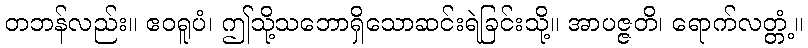
တဘန်လည်း။ ဧဝရူပံ၊ ဤသို့သဘောရှိသောဆင်းရဲခြင်းသို့။ အာပဇ္ဇတိ၊ ရောက်လတ္တံ့။